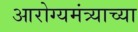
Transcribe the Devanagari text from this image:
आरोग्यमंत्र्याच्या